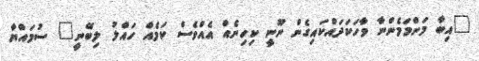
"އިބާ މަންމަމެންނާ ވާހަކަދައްކައިގެން ނޫނީ ކިހިނެއް އެއްވެސް ކަމެއް ހައްލު ލިބޭނީ" ސުމައްޔާ